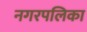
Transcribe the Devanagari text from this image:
नगरपलिका